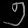
Digit: ၅